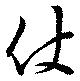
仗